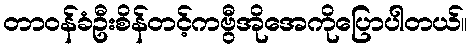
တာဝန်ခံဦးစိန်တင့်ကဗွီအိုအေကိုပြောပါတယ်။